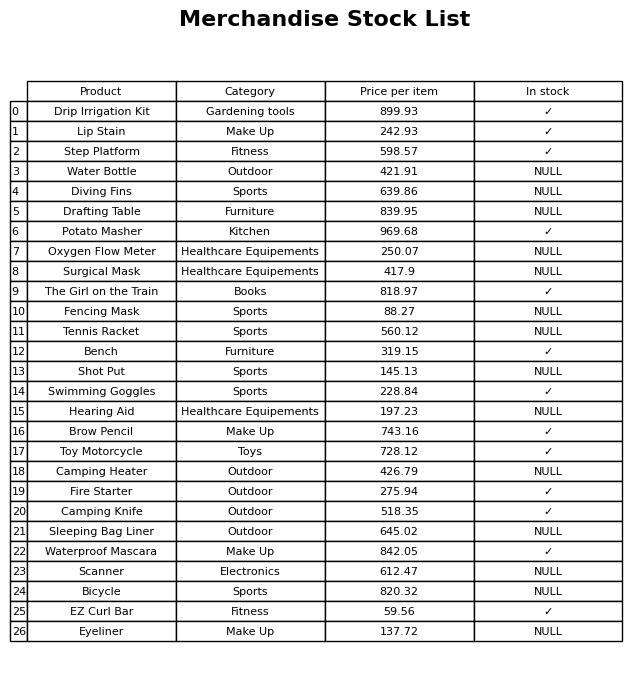
question: What category does the Diving Fins belong to?
answer: Sports